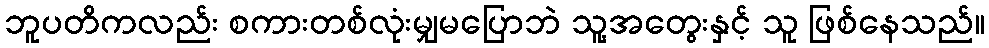
ဘူပတိကလည်း စကားတစ်လုံးမျှမပြောဘဲ သူ့အတွေးနှင့် သူ ဖြစ်နေသည်။